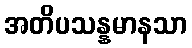
အတိပသန္နမာနသာ